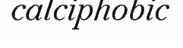
calciphobic